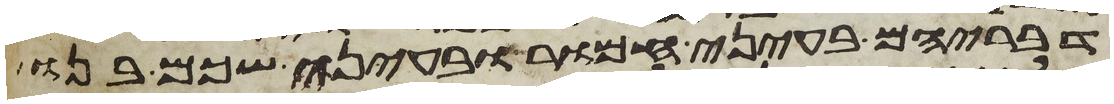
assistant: דבריהם בעיני חמור ובעיני שכם בנו